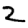
Digit: 2